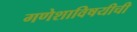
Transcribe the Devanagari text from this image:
गणेशाविषयीची